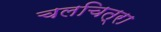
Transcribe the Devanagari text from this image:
चलचित्रा